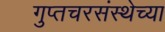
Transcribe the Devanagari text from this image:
गुप्तचरसंस्थेच्या